Note on the mental hospitals in Burma - 1925-1940
Year: 1925
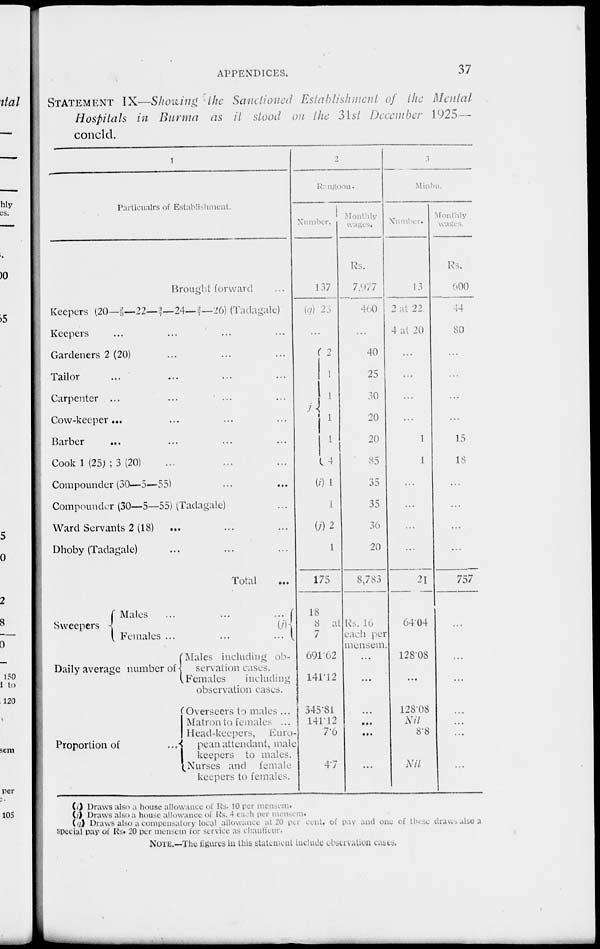
APPENDICES.
37
STATEMENT IX—Showing the Sanctioned Establishment of the Mental
Hospitals in Burma as it stood on the 31st December 1925—
concld.
1
Particualrs of Establishment.
Brought forward ...
Keepers (20—2/3—22—2/7—24—2/7—26) (Tadagale)
Keepers ... ... ... ...
Gardeners 2 (20) ... ... ...
Tailor ... ... ... ...
Carpenter ... ... ... ...
Cow-keeper ... ... ... ...
Barber
... ... ... ...
Cook 1 (25) ; 3 (20) ... ... ...
Compounder (30—5—55) ... ...
Compounder (30—5—55) (Tadagale) ...
Ward Servants 2 (18) ... ... ...
Dhoby (Tadagale) ... ... ...
Total ...
Sweepers
Males
...
...
...
(j)
Females ...
...
...
Daily average number of
Proportion of
Males including ob-
servation cases.
Females
including
observation cases.
Overseers to males ...
Matron to females ...
Head-keepers, Euro-
pean attendant, male
keepers to males.
Nurses and female
keepers to females.
2
Rangoon.
Number.
137
(q) 23
...
j 2
1
1
1
1
4
(i) 1
1
(j)2
1
175
18
8 at
7
691.62
141.12
345.81
141.12
7.6
47
Monthly
wages.
Rs.
7,977
460
...
40
25
30
20
20
85
35
35
36
20
8,783
Rs. 16
each per
mensem.
...
...
...
...
...
...
3
Minbu.
Number.
13
2 at 22
4 at 20
...
...
...
...
1
1
...
...
...
...
21
64.04
128.08
...
128.08
Nil
8.8
Nil
Monthly
wages.
Rs.
600
44
80
...
...
...
...
15
18
...
...
...
...
757
...
...
...
...
...
...
...
(i) Draws also a house allowance of Rs. 10 per mensem.
(j) Draws also a house allowance of Rs. 4 each per mensem.
(q) Draws also a compensatory local allowance at 20 per cent. of pay and one of these draws also a
special pay of Rs. 20 per mensem for service as chauffeur.
NOTE.—The figures in this statement include observation cases.